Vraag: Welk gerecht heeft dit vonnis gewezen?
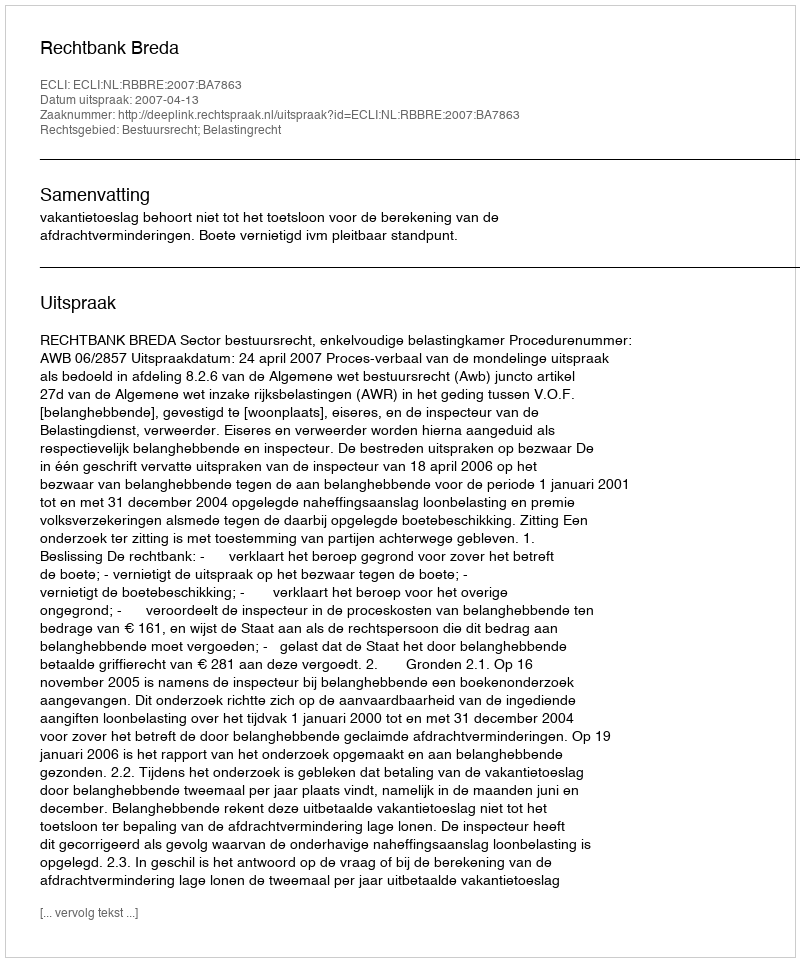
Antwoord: Rechtbank Breda